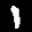
Label: 1